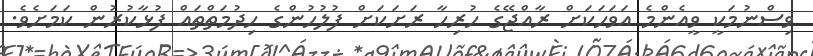
ވިސްނުމަކީ ވީއެންމެ އަވަހަކަށް ރާއްޖޭގެ ހުރިހާ ރަށަކަށް ފުލުހުންގެ ހިދުމަތްތައް ފުޅާކުރުން ކަމަށެވެ.